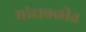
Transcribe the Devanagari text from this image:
मांडावळीत